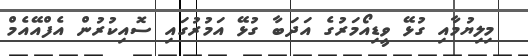
މިލިޔުމާއި ގުޅޭ ވީޑިއޯމަރުގެ އަދަބާ ގުޅޭ އަމުރުގައި ސޮއިކުރުން އެފްއޭއެމް